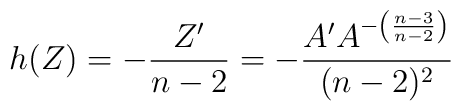
h(Z)=-\frac{Z'}{n-2}=-\frac{A'A^{-\left(\frac{n-3}{n-2}\right)}}{(n-2)^2}